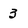
Character: 3